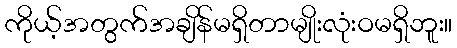
ကိုယ့်အတွက်အချိန်မရှိတာမျိုးလုံးဝမရှိဘူး။